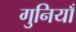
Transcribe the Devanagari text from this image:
गुनियाँ